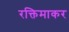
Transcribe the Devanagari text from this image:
रक्तिमाकर